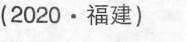
(2020 · 福建)